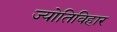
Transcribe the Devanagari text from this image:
ज्योतिविहार